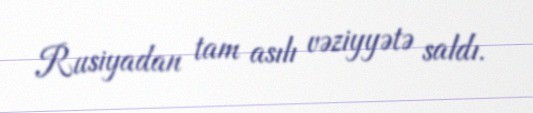
Rusiyadan tam asılı vəziyyətə saldı.